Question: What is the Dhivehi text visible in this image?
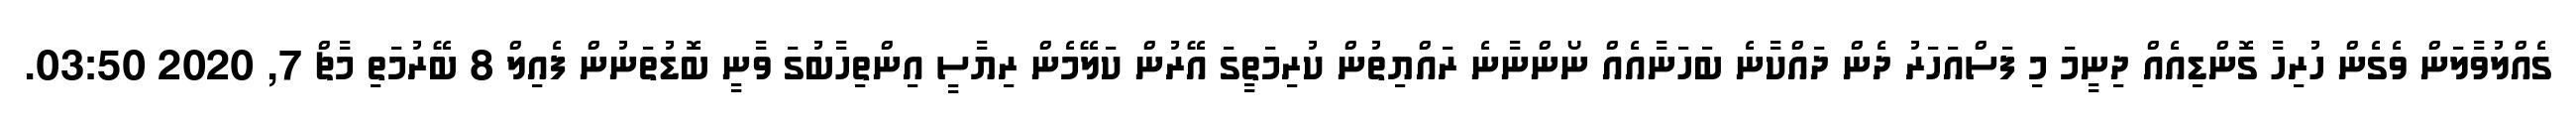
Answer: ގެއްލުވާލަން ވެގެން ހުރިހާ ގޮންޑިއެއް ދިނީމަ މި ފަސްއަހަރު ދެން ދައްކާނެ ބަހަނާއެއް ނޯންނާނެ ރައްޔިތުން ކުރިމަތީގަ އޭރުން ކަލޭމެން ރިޔާސީ އިންތިހާބުގަ ވާނީ ބޮޑުތަނުން ފެއިލް 8 ބޭރުމަތި މާޗް 7, 2020 03:50.